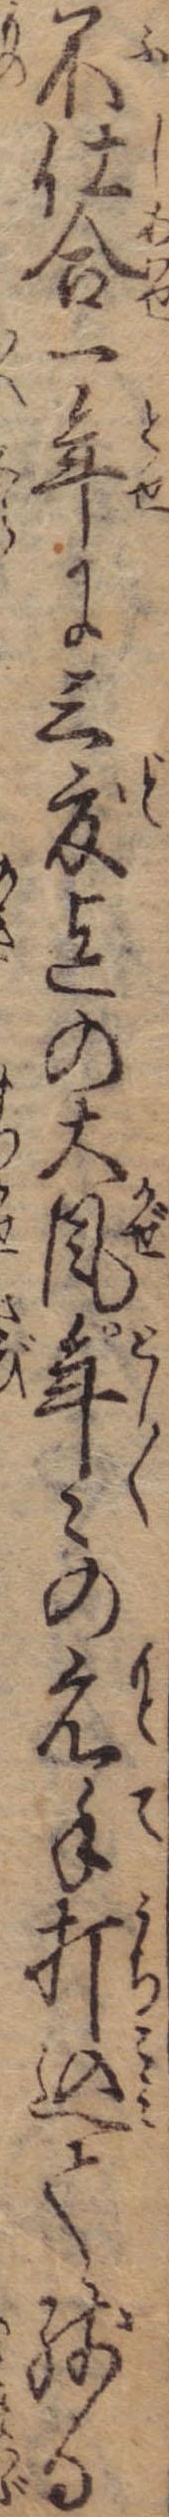
不仕合一年に三度迄の大風年々の元手打込て残る